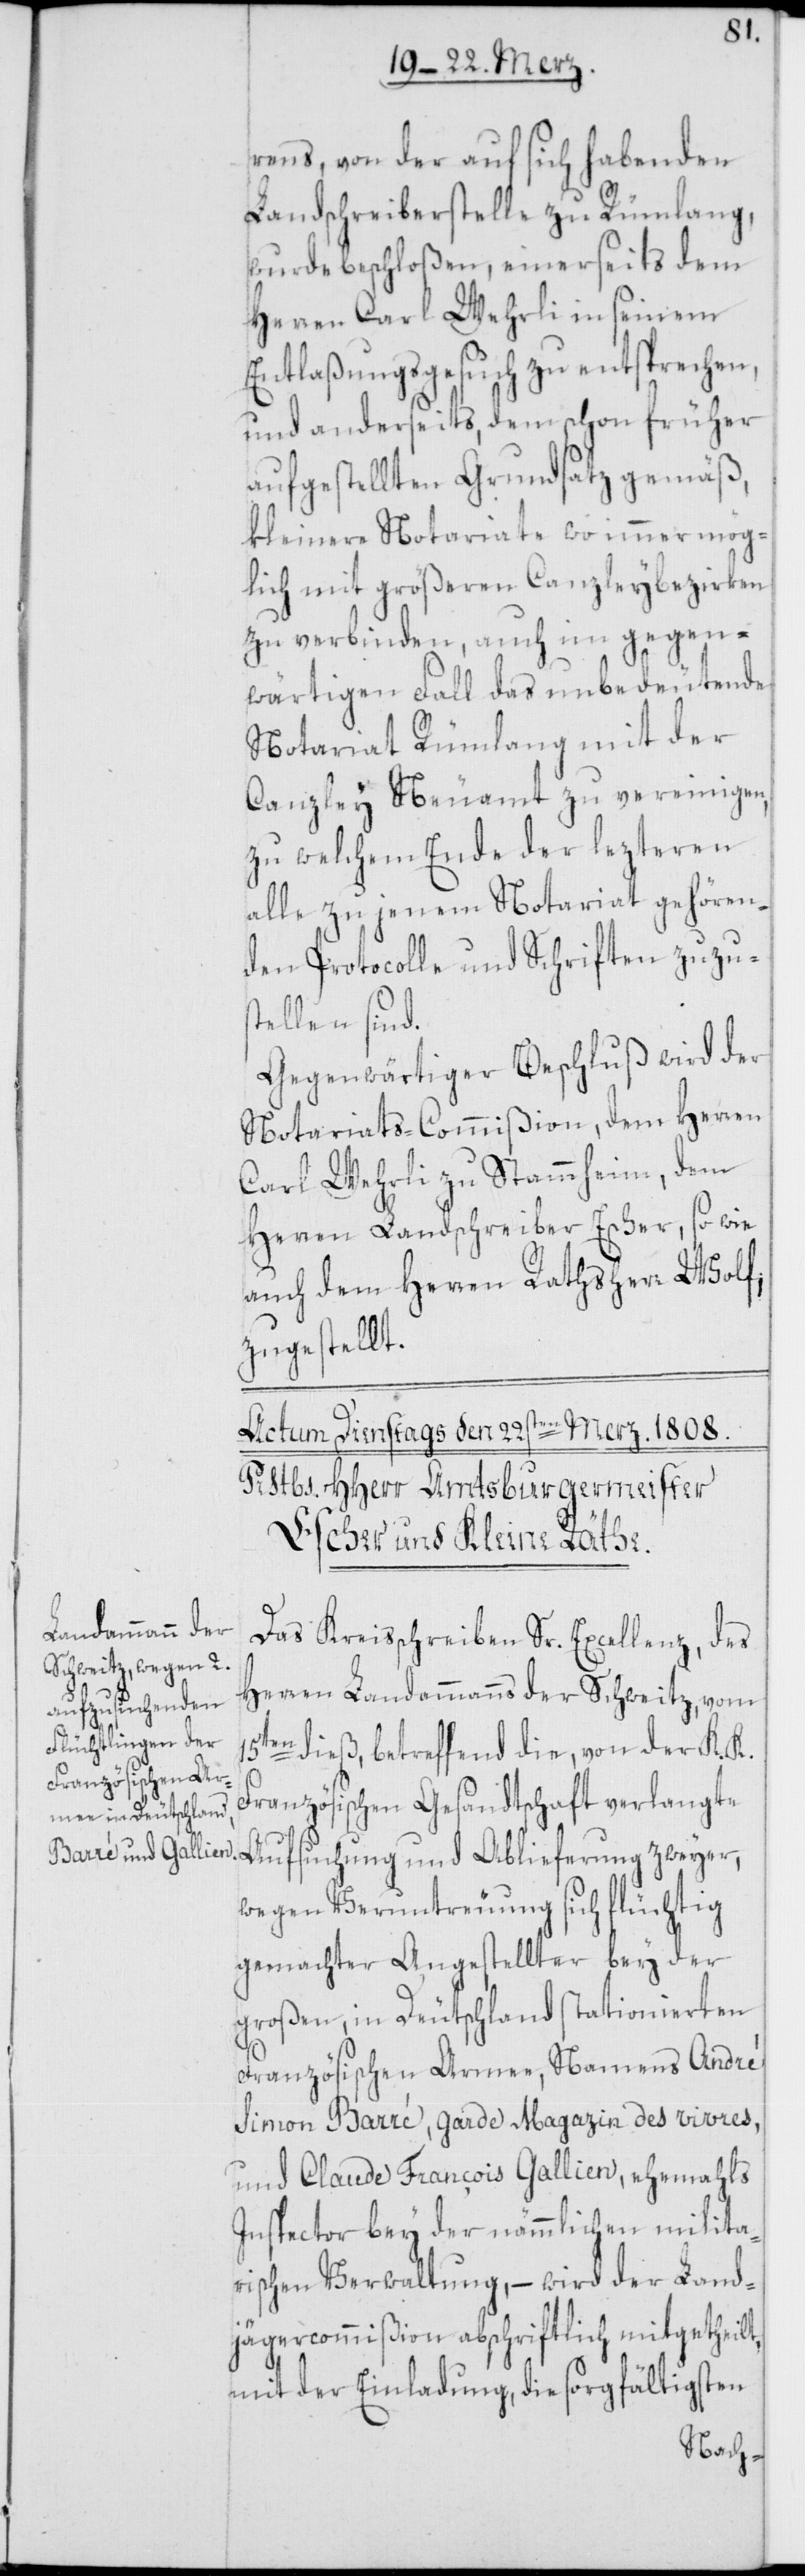
rens, von der auf sich habenden
Landschreiberstelle zu Rümlang,
wurde beschloßen, einerseits dem
Herren Carl Wehrli in seinem
Entlaßungsgesuch zu entsprechen,
und anderseits, dem schon früher
aufgestellten Grundsatz gemäß,
kleinere Notariate wo immer mög¬
lich mit größeren Canzleybezirken
zu verbinden, auch im gegen¬
wärtigen Fall das unbedeutende
Notariat Rümlang mit der
Canzley Neuamt zu vereinigen,
zu welchem Ende der lezteren
alle zu jenem Notariat gehören¬
den Protocolle und Schriften zuzus¬
tellen sind.
Gegenwärtiger Beschluß wird der
Notariats-Commißion, dem Herren
Carl Wehrli zu Stammheim, dem
Herren Landschreiber Escher, so wie
auch dem Herren Rathsherr Wolf,
zugestellt.
Das Kreißchreiben Sr. Excellenz, des
Herren Landammanns der Schweitz, vom
15ten dieß, betreffend die, von der K. K.
Französischen Gesandtschaft verlangt¬
e Aufsuchung und Ablieferung zweyer,
wegen Veruntreuung sich flüchtig
gemachter Angestellter bey der
großen, in Deutschland stationierten
Französischen Armee, Namens André
Simon Barré, Garde Magazin des vivres,
und Claude François Gallien, ehemahls
Inspector bey der nämmlichen milita¬
rischen Verwaltung, – wird der Land¬
jägercommißion abschriftlich mitgetheilt,
mit der Einladung, die sorgfältigsten